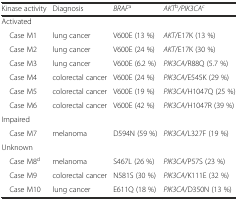
<table><thead><tr><td><b>Kinase activity</b></td><td><b>Diagnosis</b></td><td><b><i>BRAF</i><sup>a</sup></b></td><td><b><i>AKT</i><sup>b</sup><i>/PIK3CA</i><sup><i>c</i></sup></b></td></tr></thead><tbody><tr><td>Activated</td><td></td><td></td><td></td></tr><tr><td> Case M1</td><td>lung cancer</td><td>V600E (13 %)</td><td><i>AKT</i>/E17K (13 %)</td></tr><tr><td> Case M2</td><td>lung cancer</td><td>V600E (24 %)</td><td><i>AKT</i>/E17K (30 %)</td></tr><tr><td> Case M3</td><td>lung cancer</td><td>V600E (6.2 %)</td><td><i>PIK3CA</i>/R88Q (5.7 %)</td></tr><tr><td> Case M4</td><td>colorectal cancer</td><td>V600E (24 %)</td><td><i>PIK3CA</i>/E545K (29 %)</td></tr><tr><td> Case M5</td><td>colorectal cancer</td><td>V600E (19 %)</td><td><i>PIK3CA</i>/H1047Q (25 %)</td></tr><tr><td> Case M6</td><td>colorectal cancer</td><td>V600E (42 %)</td><td><i>PIK3CA</i>/H1047R (39 %)</td></tr><tr><td>Impaired</td><td></td><td></td><td></td></tr><tr><td> Case M7</td><td>melanoma</td><td>D594N (59 %)</td><td><i>PIK3CA</i>/L327F (19 %)</td></tr><tr><td>Unknown</td><td></td><td></td><td></td></tr><tr><td> Case M8<sup>d</sup></td><td>melanoma</td><td>S467L (26 %)</td><td><i>PIK3CA</i>/P57S (23 %)</td></tr><tr><td> Case M9</td><td>colorectal cancer</td><td>N581S (30 %)</td><td><i>PIK3CA</i>/K111E (32 %)</td></tr><tr><td> Case M10</td><td>lung cancer</td><td>E611Q (18 %)</td><td><i>PIK3CA</i>/D350N (13 %)</td></tr></tbody></table>